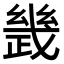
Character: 𢨂